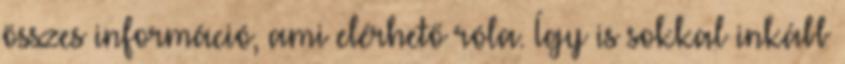
összes információ, ami elérhető róla. Így is sokkal inkább